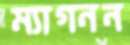
ম্যাগনন